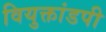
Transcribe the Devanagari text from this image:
वियुक्तांडपी